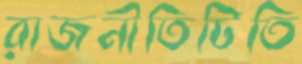
রাজনীতিটিতি